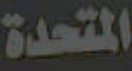
المتحدة